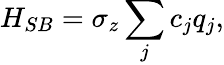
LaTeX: H_{SB}=\sigma_{z}\sum_{j}c_{j}q_{j},